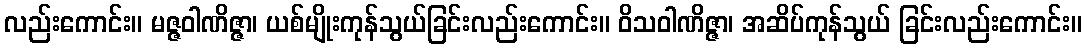
လည်းကောင်း။ မဇ္ဇဝါဏိဇ္ဇာ၊ ယစ်မျိုးကုန်သွယ်ခြင်းလည်းကောင်း။ ဝိသဝါဏိဇ္ဇာ၊ အဆိပ်ကုန်သွယ် ခြင်းလည်းကောင်း။